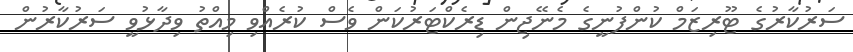
ސަރުކާރުގެ ޓޫރިޒަމް ކުންފުނީގެ މެނޭޖިން ޑިރެކްޓަރުކަން ވެސް ކުރެއްވި މިއްތު ވިދާޅުވީ ސަރުކާރުން